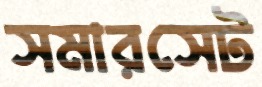
সমারসেট